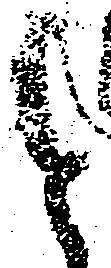
と